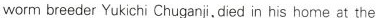
worm breeder Yukichi Chuganji, died in his home at the